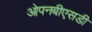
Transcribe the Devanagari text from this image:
ओपनबीएसडी